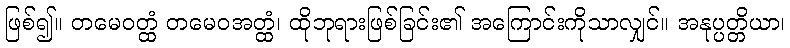
ဖြစ်၍။ တမေဝတ္ထံ တမေဝအတ္ထံ၊ ထိုဘုရားဖြစ်ခြင်း၏ အကြောင်းကိုသာလျှင်။ အနုပ္ပတ္တိယာ၊